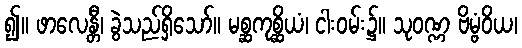
၍။ ဖာလေန္တီ၊ ခွဲသည်ရှိသော်။ မစ္ဆကုစ္ဆိယံ၊ ငါးဝမ်း၌။ သုဝဏ္ဏ ဗိမ္ဗံဝိယ၊